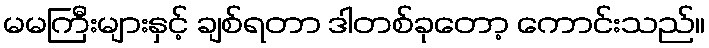
မမကြီးများနှင့် ချစ်ရတာ ဒါတစ်ခုတော့ ကောင်းသည်။